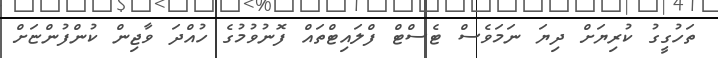
ތަހުގީގު ކުރިޔަށް ދިޔަ ނަމަވެސް ޓެސްޓް ފްލައިޓްތައް ފޮނުވުމުގެ ހުއްދަ ވާޖިން ކުންފުންޏަށް